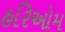
હરિઓમ